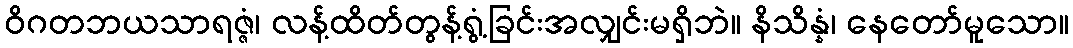
ဝိဂတဘယသာရဇ္ဇံ၊ လန့်ထိတ်တွန့်ရွံ့ခြင်းအလျှင်းမရှိဘဲ။ နိသိန္နံ၊ နေတော်မူသော။